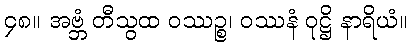
၄၈။ အဗ္ဘံ တီသွထ ဝဿဉ္စ၊ ဝဿနံ ဝုဋ္ဌိ နာရိယံ။